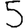
Digit: 5